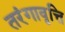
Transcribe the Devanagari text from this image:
तरंगावृत्ति